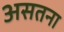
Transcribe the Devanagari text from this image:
असतना